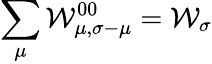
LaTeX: \sum_{\mu}\mathcal{W}_{\mu,\sigma-\mu}^{00}=\mathcal{W}_{\sigma}